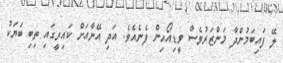
ލޭ ފައިބަމުންދާ މަންޒަރުވެސް ވީޑިއޯއިން ފެނެއެވެ. އަދި އޭނާއަށް ކައިރީގައި ތިބި ބަޔަކު